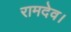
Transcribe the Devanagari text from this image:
रामदेव।